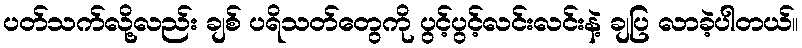
ပတ်သက်လို့လည်း ချစ် ပရိသတ်တွေကို ပွင့်ပွင့်လင်းလင်းနဲ့ ချပြ လာခဲ့ပါတယ်။